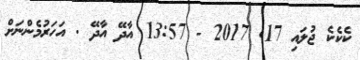
ކެކެކެ ޖުލައި 17